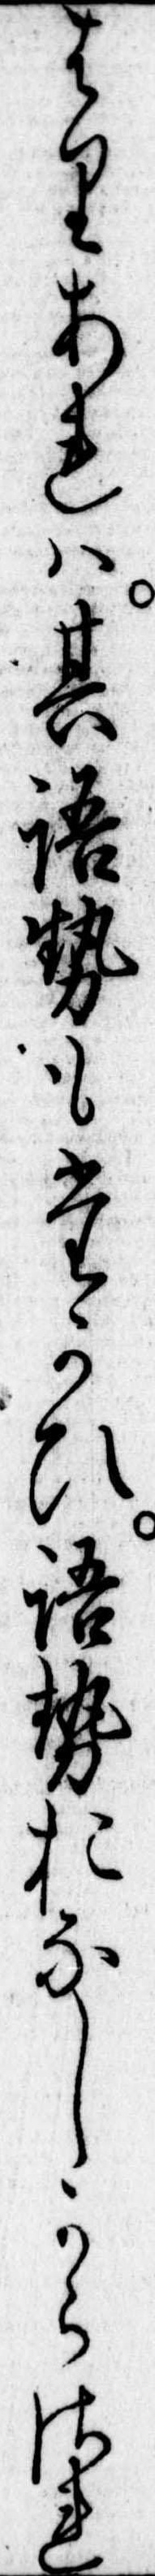
はりあれは其語勢もたかひ語勢おなしからされ